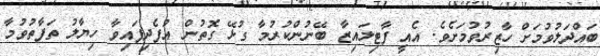
ބައްދަލުވުމަށް ހާޒިރުވުމަށެވެ. އެއީ ފާޓިލައިޒާ ބޭނުންކުރުމާ ގުޅޭ ގޮތުން އުފެދިފައިވާ ހިޔާލު ތަފާތުވުމާ